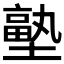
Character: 𭏼